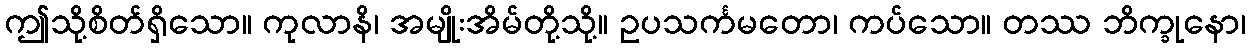
ဤသို့စိတ်ရှိသော။ ကုလာနိ၊ အမျိုးအိမ်တို့သို့။ ဥပသင်္ကမတော၊ ကပ်သော။ တဿ ဘိက္ခုနော၊